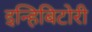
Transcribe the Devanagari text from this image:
इन्हिबिटोरी